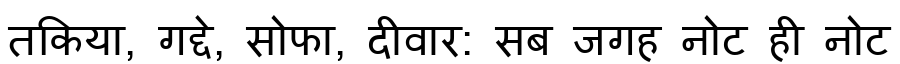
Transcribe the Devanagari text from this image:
तकिया, गद्दे, सोफा, दीवार: सब जगह नोट ही नोट